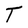
Character: t